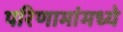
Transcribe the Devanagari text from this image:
परिणामांमध्ये